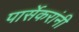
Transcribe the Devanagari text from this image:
पार्सेकरांनी